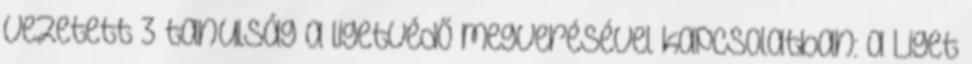
vezetett 3 tanulság a ligetvédő megverésével kapcsolatban: a Liget